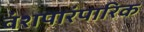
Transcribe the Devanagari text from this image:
वंशपारंपारिक